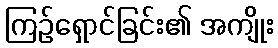
ကြဉ်ရှောင်ခြင်း၏ အကျိုး